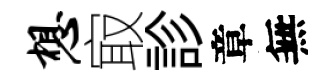
想㝡診章無